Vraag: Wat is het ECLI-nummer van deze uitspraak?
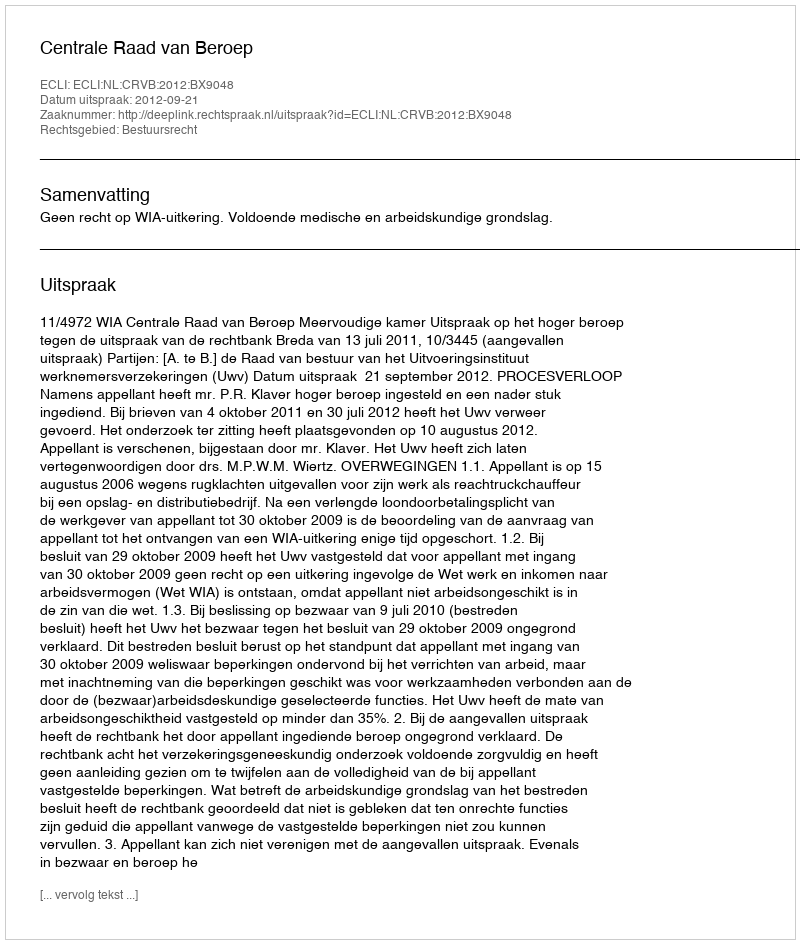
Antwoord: ECLI:NL:CRVB:2012:BX9048